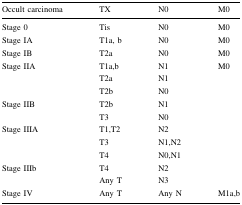
<table><thead><tr><td><b>Occult carcinoma</b></td><td><b>TX</b></td><td><b>N0</b></td><td><b>M0</b></td></tr></thead><tbody><tr><td>Stage 0</td><td>Tis</td><td>N0</td><td>M0</td></tr><tr><td>Stage IA</td><td>T1a, b</td><td>N0</td><td>M0</td></tr><tr><td>Stage IB</td><td>T2a</td><td>N0</td><td>M0</td></tr><tr><td>Stage IIA</td><td>T1a,b</td><td>N1</td><td>M0</td></tr><tr><td></td><td>T2a</td><td>N1</td><td></td></tr><tr><td></td><td>T2b</td><td>N0</td><td></td></tr><tr><td>Stage IIB</td><td>T2b</td><td>N1</td><td></td></tr><tr><td></td><td>T3</td><td>N0</td><td></td></tr><tr><td>Stage IIIA</td><td>T1,T2</td><td>N2</td><td></td></tr><tr><td></td><td>T3</td><td>N1,N2</td><td></td></tr><tr><td></td><td>T4</td><td>N0,N1</td><td></td></tr><tr><td>Stage IIIb</td><td>T4</td><td>N2</td><td></td></tr><tr><td></td><td>Any T</td><td>N3</td><td></td></tr><tr><td>Stage IV</td><td>Any T</td><td>Any N</td><td>M1a,b</td></tr></tbody></table>